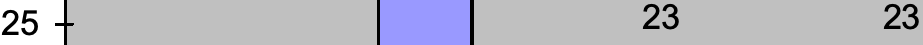
25                   23      23